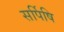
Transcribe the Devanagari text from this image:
सर्पिषि